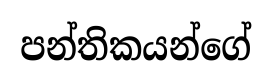
පන්තිකයන්ගේ